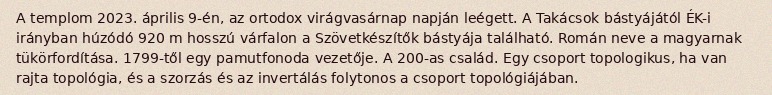
A templom 2023. április 9-én, az ortodox virágvasárnap napján leégett. A Takácsok bástyájától ÉK-i irányban húzódó 920 m hosszú várfalon a Szövetkészítők bástyája található. Román neve a magyarnak tükörfordítása. 1799-től egy pamutfonoda vezetője. A 200-as család. Egy csoport topologikus, ha van rajta topológia, és a szorzás és az invertálás folytonos a csoport topológiájában.